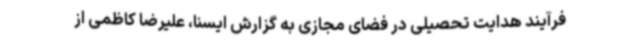
فرآیند هدایت تحصیلی در فضای مجازی به گزارش ایسنا، علیرضا کاظمی از